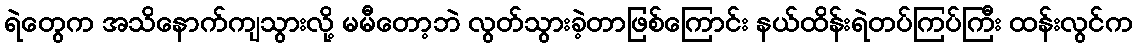
ရဲတွေက အသိနောက်ကျသွားလို့ မမီတော့ဘဲ လွတ်သွားခဲ့တာဖြစ်ကြောင်း နယ်ထိန်းရဲတပ်ကြပ်ကြီး ထန်းလွင်က